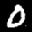
Label: 0